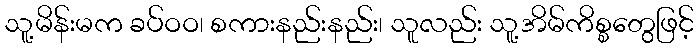
သူ့မိန်းမက ခပ်ဝဝ၊ စကားနည်းနည်း၊ သူလည်း သူ့အိမ်ကိစ္စတွေဖြင့်